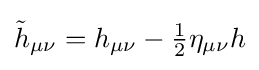
{\textstyle {\tilde {h}}_{\mu \nu }=h_{\mu \nu }-{\frac {1}{2}}\eta _{\mu \nu }h}